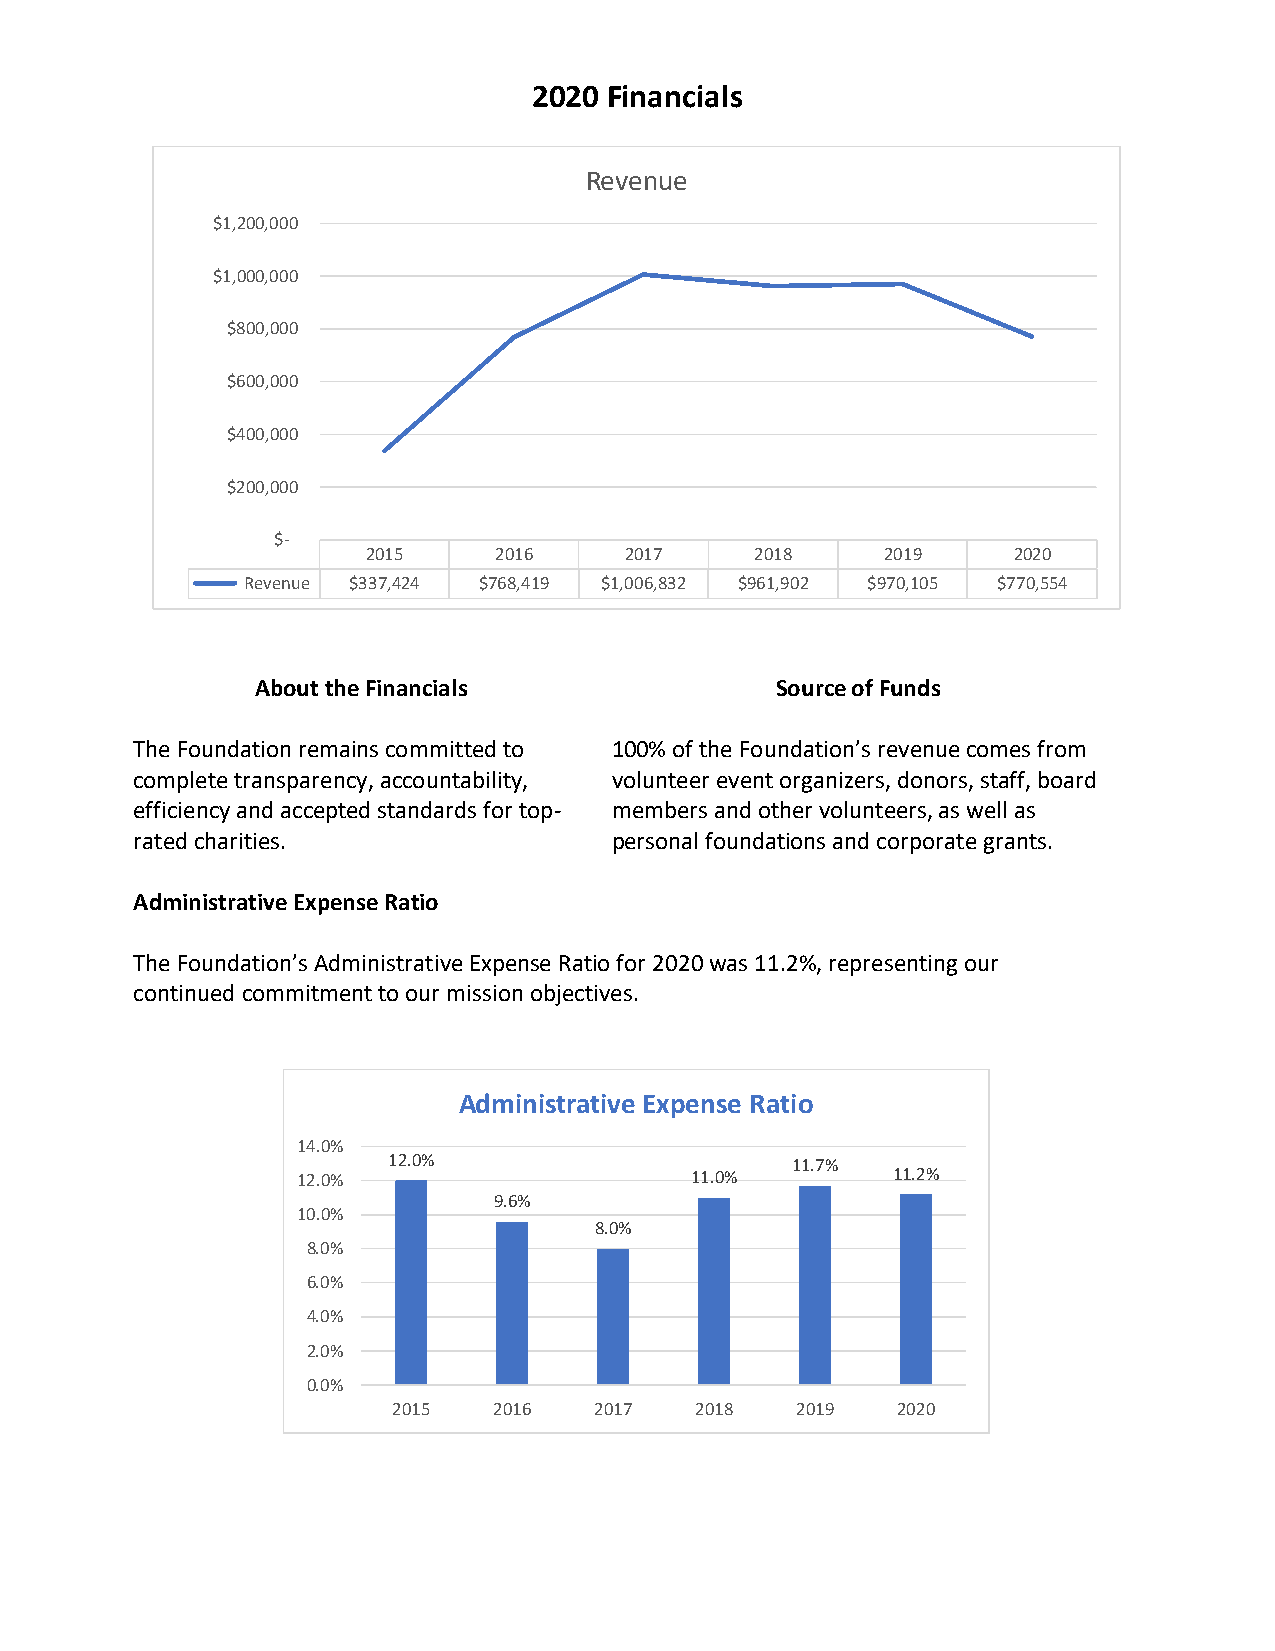
2020 Financials
 Revenue
 $1,200,000
 $1,000,000
 $800,000
 $600,000
 $400,000
 $200,000
 $-
 2015     2016    2017     2018     2019    2020
 Revenue $337,424 $768,419 $1,006,832 $961,902 $970,105 $770,554
 About the Financials              Source of Funds
 The Foundation remains committed to 100% of the Foundation’s revenue comes from
 complete transparency, accountability, volunteer event organizers, donors, staff, board
 efficiency and accepted standards for top- members and other volunteers, as well as
 rated charities.                personal foundations and corporate grants.
 Administrative Expense Ratio
 The Foundation’s Administrative Expense Ratio for 2020 was 11.2%, representing our
 continued commitment to our mission objectives.
 Administrative Expense Ratio
 14.0%
 12.0%                     11.7%
 12.0%                     11.0%        11.2%
 9.6%
 10.0%
 8.0%
 8.0%
 6.0%
 4.0%
 2.0%
 0.0%
 2015   2016  2017   2018   2019  2020